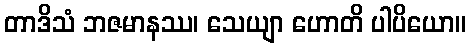
တာဒိသံ ဘဇမာနဿ၊ သေယျာ ဟောတိ ပါပိယော။